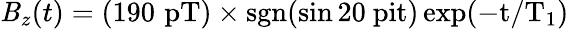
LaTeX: \mathit{B}_{z}(t)=(190\, \, \mathrm{{pT)\times\mathrm{{sgn}}(\sin20\ pit)\exp(-t/T_{1})}}